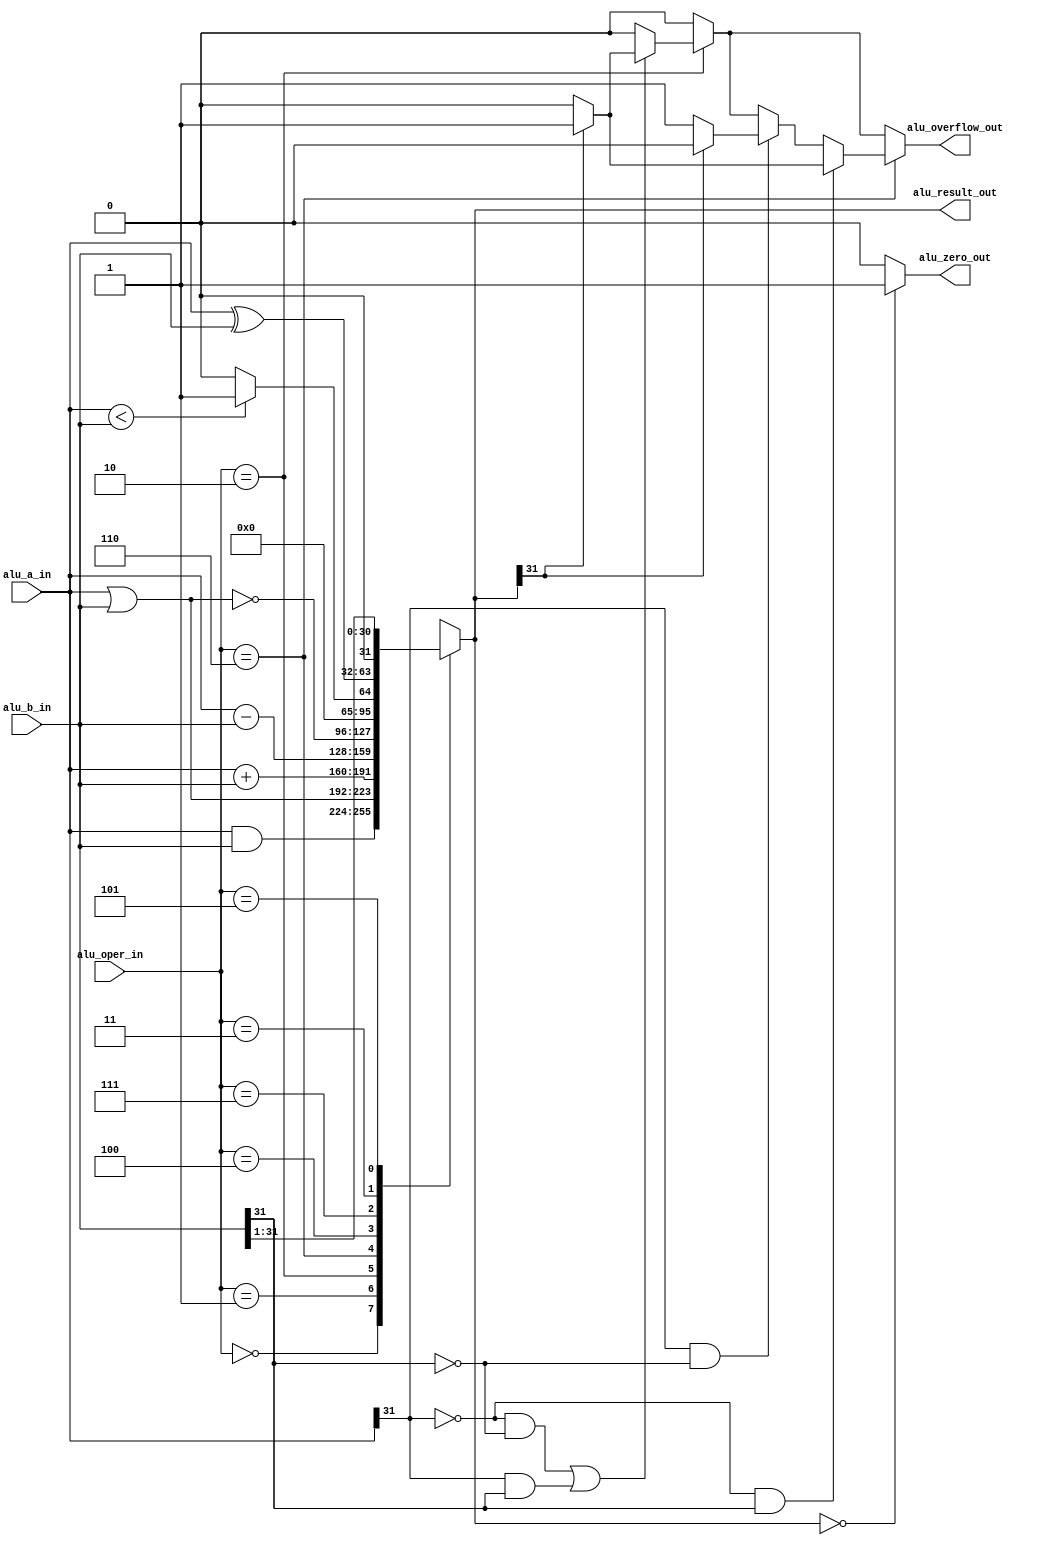
module Alu(alu_a_in,alu_b_in,alu_oper_in,
alu_result_out,alu_zero_out,alu_overflow_out);
input [31:0] alu_a_in,alu_b_in;
input [2:0]alu_oper_in;
output reg[31:0]alu_result_out;
output alu_zero_out;
output reg alu_overflow_out;

wire [31:0]res_and,res_or,res_add,res_sub,res_nor,res_slt,res_xor,res_srl;
wire [31:0]a,b;
assign a=alu_a_in;
assign b=alu_b_in;

assign res_and=a&b;
assign res_or=a|b;
assign res_add=a+b;
assign res_sub=a-b;
assign res_nor=~(a|b);
assign res_slt=(a<b)?32'h00000001:32'h00000000;
assign res_xor=a^b;
assign res_srl=b>>1;

always @* 
begin
   alu_overflow_out=0;
   case(alu_oper_in)
	  3'b000:alu_result_out=res_and;
	  3'b001:alu_result_out=res_or;
	  3'b010:alu_result_out=res_add;    
	  3'b110:alu_result_out=res_sub;  
	  3'b100:alu_result_out=res_nor;
	  3'b111:alu_result_out=res_slt;
	  3'b011:alu_result_out=res_xor;
	  3'b101:alu_result_out=res_srl;
	  default:alu_result_out=res_add;
	endcase
	if(alu_oper_in==3'b010)
	  if((a[31]==0&&b[31]==0)||(a[31]==1&&b[31]==1))
			if(alu_result_out[31]==1)alu_overflow_out=1;
			else alu_overflow_out=0;
	if(alu_oper_in==3'b110)
   begin	
     if(a[31]==1&&b[31]==0)
			if(alu_result_out[31]==0)alu_overflow_out=1;
		   else alu_overflow_out=0; 
     if(a[31]==0&&b[31]==1)
			if(alu_result_out[31]==1)alu_overflow_out=1;
		   else alu_overflow_out=0;			     
	end
end	 
	assign alu_zero_out=(alu_result_out==0)? 1:0;
endmodule